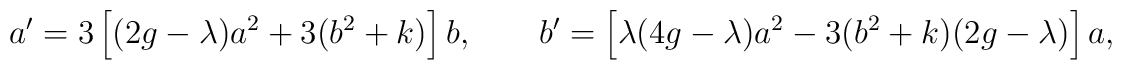
a' = 3 \left[(2g - \lambda) a^2 + 3 (b^2 + k)\right] b,     \qquad     b' = \left[\lambda(4g - \lambda) a^2 - 3 (b^2 + k)(2g - \lambda)          \right] a,